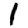
Digit: 1